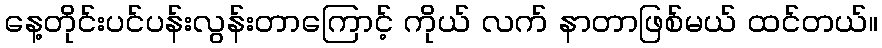
နေ့တိုင်းပင်ပန်းလွန်းတာကြောင့် ကိုယ် လက် နာတာဖြစ်မယ် ထင်တယ်။